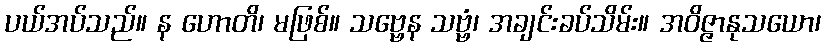
ပယ်အပ်သည်။ န ဟောတိ၊ မဖြစ်။ သဗ္ဗေန သဗ္ဗံ၊ အချင်းခပ်သိမ်း။ အဝိဇ္ဇာနုသယော၊